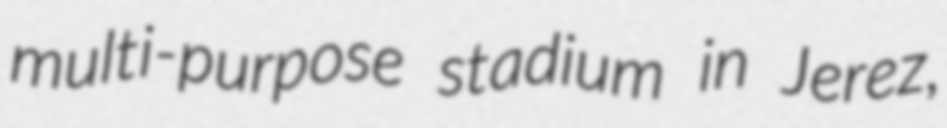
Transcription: multi-purpose stadium in Jerez,